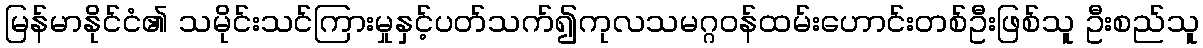
မြန်မာနိုင်ငံ၏ သမိုင်းသင်ကြားမှုနှင့်ပတ်သက်၍ကုလသမဂ္ဂဝန်ထမ်းဟောင်းတစ်ဦးဖြစ်သူ ဦးစည်သူ